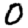
Digit: 0